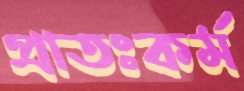
প্রাতঃকর্ম